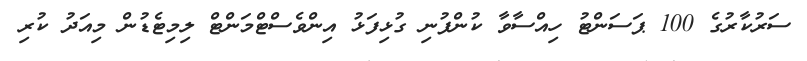
ސަރުކާރުގެ 100 ޕަސަންޓު ހިއްސާވާ ކުންފުނި ގުޅިފަޅު އިންވެސްޓްމަންޓް ލިމިޓެޑުން މިއަދު ކުރި